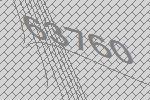
63760